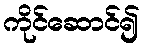
ကိုင်ဆောင်၍